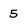
Character: 5